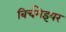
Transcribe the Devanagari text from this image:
बिर्चमेइयर